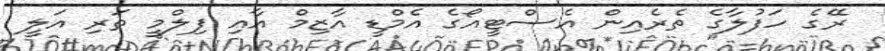
ރޭގެ ހަފުލާގެ ތެރެއިން އެސްޓީއޯގެ އެމްޑީ އާޒިމް އާއި ފިލްމީ ތަރި އަލީ